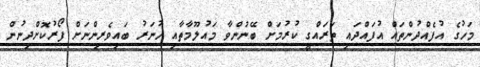
މަހުގެ އުފެއްދުންތައް އުފައްދައި ތަރައްގީ ކުރުމަށް ބޭނުންވާ މައުލޫމާތާއި ހުނަރު ބައިވެރިންނަށް ފޯރުކޮށްދިނުން